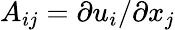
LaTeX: A_{ij}=\partial u_{i}/\partial x_{j}